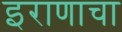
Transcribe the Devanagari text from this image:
इराणाचा